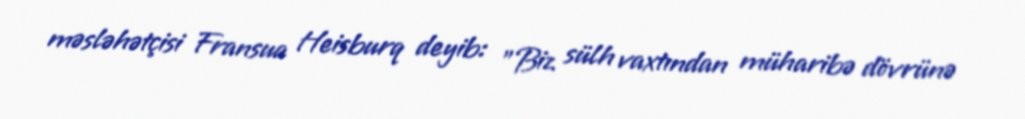
məsləhətçisi Fransua Heisburq deyib: "Biz sülh vaxtından müharibə dövrünə